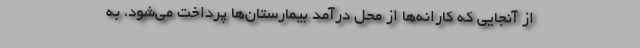
از آنجایی که کارانه‌ها از محل درآمد بیمارستان‌ها پرداخت می‌شود، به